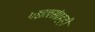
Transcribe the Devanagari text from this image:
गझलसंग्रहही